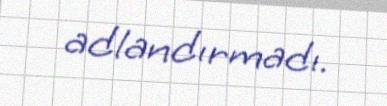
adlandırmadı.